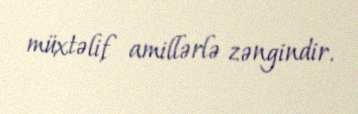
müxtəlif amillərlə zəngindir.